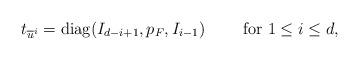
LaTeX: \begin{align*}t_{\overline{u}^i}={\rm diag}(I_{d-i+1},p_F,I_{i-1})\quad\quad\mbox{ for }1\le i\le d,\end{align*}